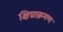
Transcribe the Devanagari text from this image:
क्षिप्राक्रमण